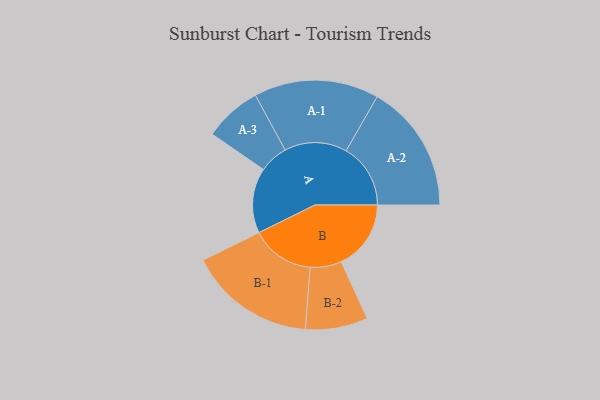
{"axis": {"x": "Segment", "y": "Value"}, "legend": ["", "A", "B"], "data": [{"x": "A", "y": 300, "type": ""}, {"x": "B", "y": 322, "type": ""}, {"x": "A-1", "y": 288, "type": "A"}, {"x": "A-2", "y": 297, "type": "A"}, {"x": "A-3", "y": 133, "type": "A"}, {"x": "B-1", "y": 293, "type": "B"}, {"x": "B-2", "y": 144, "type": "B"}]}